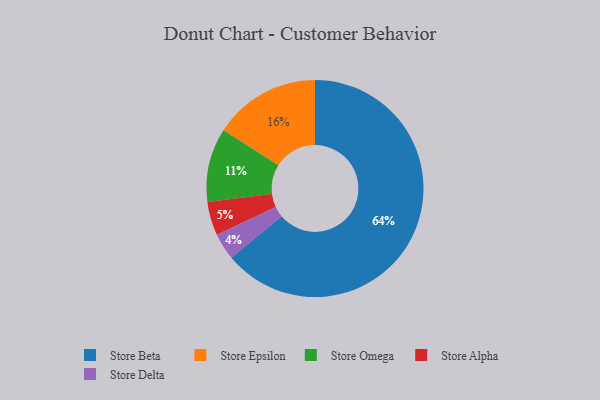
{"axis": {"x": "Category", "y": "Percentage"}, "legend": ["Store Alpha", "Store Beta", "Store Delta", "Store Epsilon", "Store Omega"], "data": [{"x": "Store Omega", "y": 11, "type": "Store Omega"}, {"x": "Store Epsilon", "y": 16, "type": "Store Epsilon"}, {"x": "Store Beta", "y": 64, "type": "Store Beta"}, {"x": "Store Alpha", "y": 5, "type": "Store Alpha"}, {"x": "Store Delta", "y": 4, "type": "Store Delta"}]}